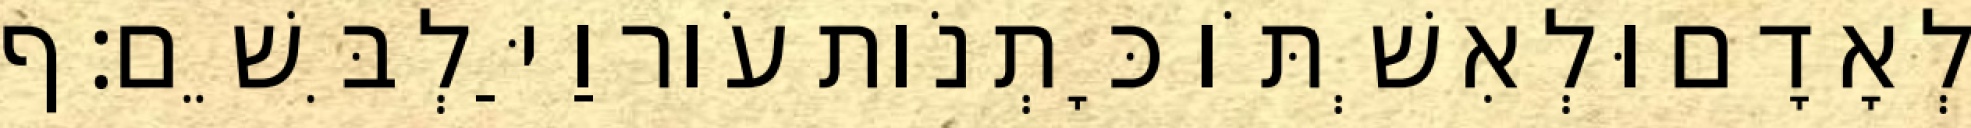
לְאָדָם וּלְאִשְׁתֹּו כָּתְנֹות עֹור וַיַּלְבִּשֵׁם׃ ף